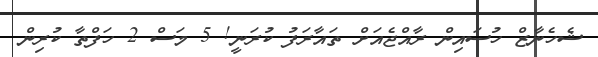
ޝެހެނާޒް ހުސައިން ރާއްޖެއަށް ތައާރަފު ކުރަނީ! 5 މަސް 2 ހަފްތާ ކުރިން